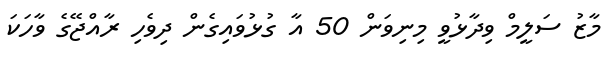
މާޒު ސަލީމް ވިދާޅުވީ މިނިވަން 50 އާ ގުޅުވައިގެން ދިވެހި ރާއްޖޭގެ ވާހަކަ